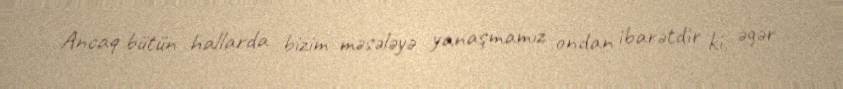
Ancaq bütün hallarda bizim məsələyə yanaşmamız ondan ibarətdir ki, əgər